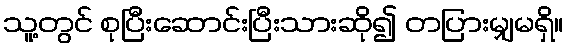
သူ့တွင် စုပြီးဆောင်းပြီးသားဆို၍ တပြားမျှမရှိ။